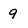
Character: 9